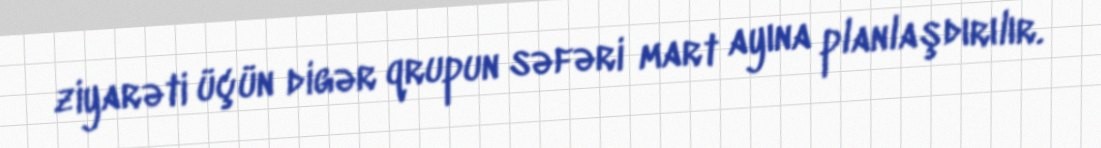
ziyarəti üçün digər qrupun səfəri mart ayına planlaşdırılır.